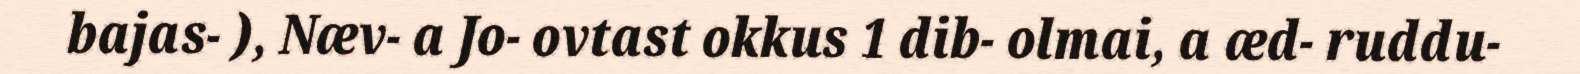
bajas- ), Næv- a Jo- ovtast okkus 1 dib- olmai, a æd- ruddu-